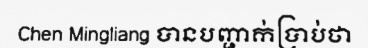
Chen Mingliang បានបញ្ជាក់ប្រាប់ថា